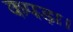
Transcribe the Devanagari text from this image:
कपड़ा।